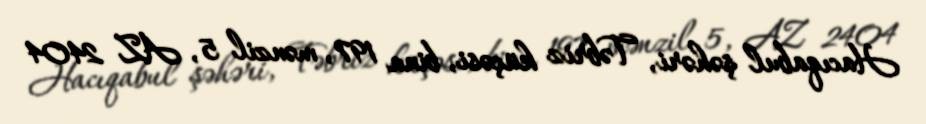
Hacıqabul şəhəri, Təbriz küçəsi, bina 197, mənzil 5, AZ 2404